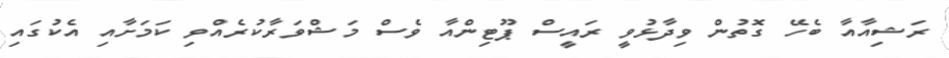
ރަޝިއާއާ ބެހޭ ގޮތުން ވިދާޅުވީ ރައީސް ޕޫޓިންއާ ވެސް މަޝްވަރާކުރެއްވި ކަމަށާއި އެކުގައި